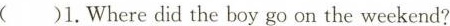
( )1.Where did the boy go on the weekend?